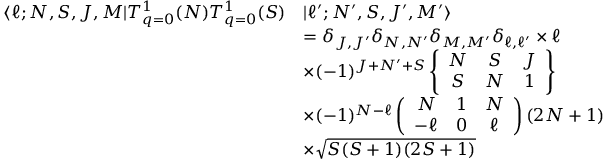
\begin{array} { r l } { \langle \ell ; N , S , J , M | T _ { q = 0 } ^ { 1 } ( N ) T _ { q = 0 } ^ { 1 } ( S ) } & { | \ell ^ { \prime } ; N ^ { \prime } , S , J ^ { \prime } , M ^ { \prime } \rangle } \\ & { = \delta _ { J , J ^ { \prime } } \delta _ { N , N ^ { \prime } } \delta _ { M , M ^ { \prime } } \delta _ { \ell , \ell ^ { \prime } } \times \ell } \\ & { \times ( - 1 ) ^ { J + N ^ { \prime } + S } \left\{ \begin{array} { c c c } { N } & { S } & { J } \\ { S } & { N } & { 1 } \end{array} \right\} } \\ & { \times ( - 1 ) ^ { N - \ell } \left( \begin{array} { c c c } { N } & { 1 } & { N } \\ { - \ell } & { 0 } & { \ell } \end{array} \right) ( 2 N + 1 ) } \\ & { \times \sqrt { S ( S + 1 ) ( 2 S + 1 ) } } \end{array}